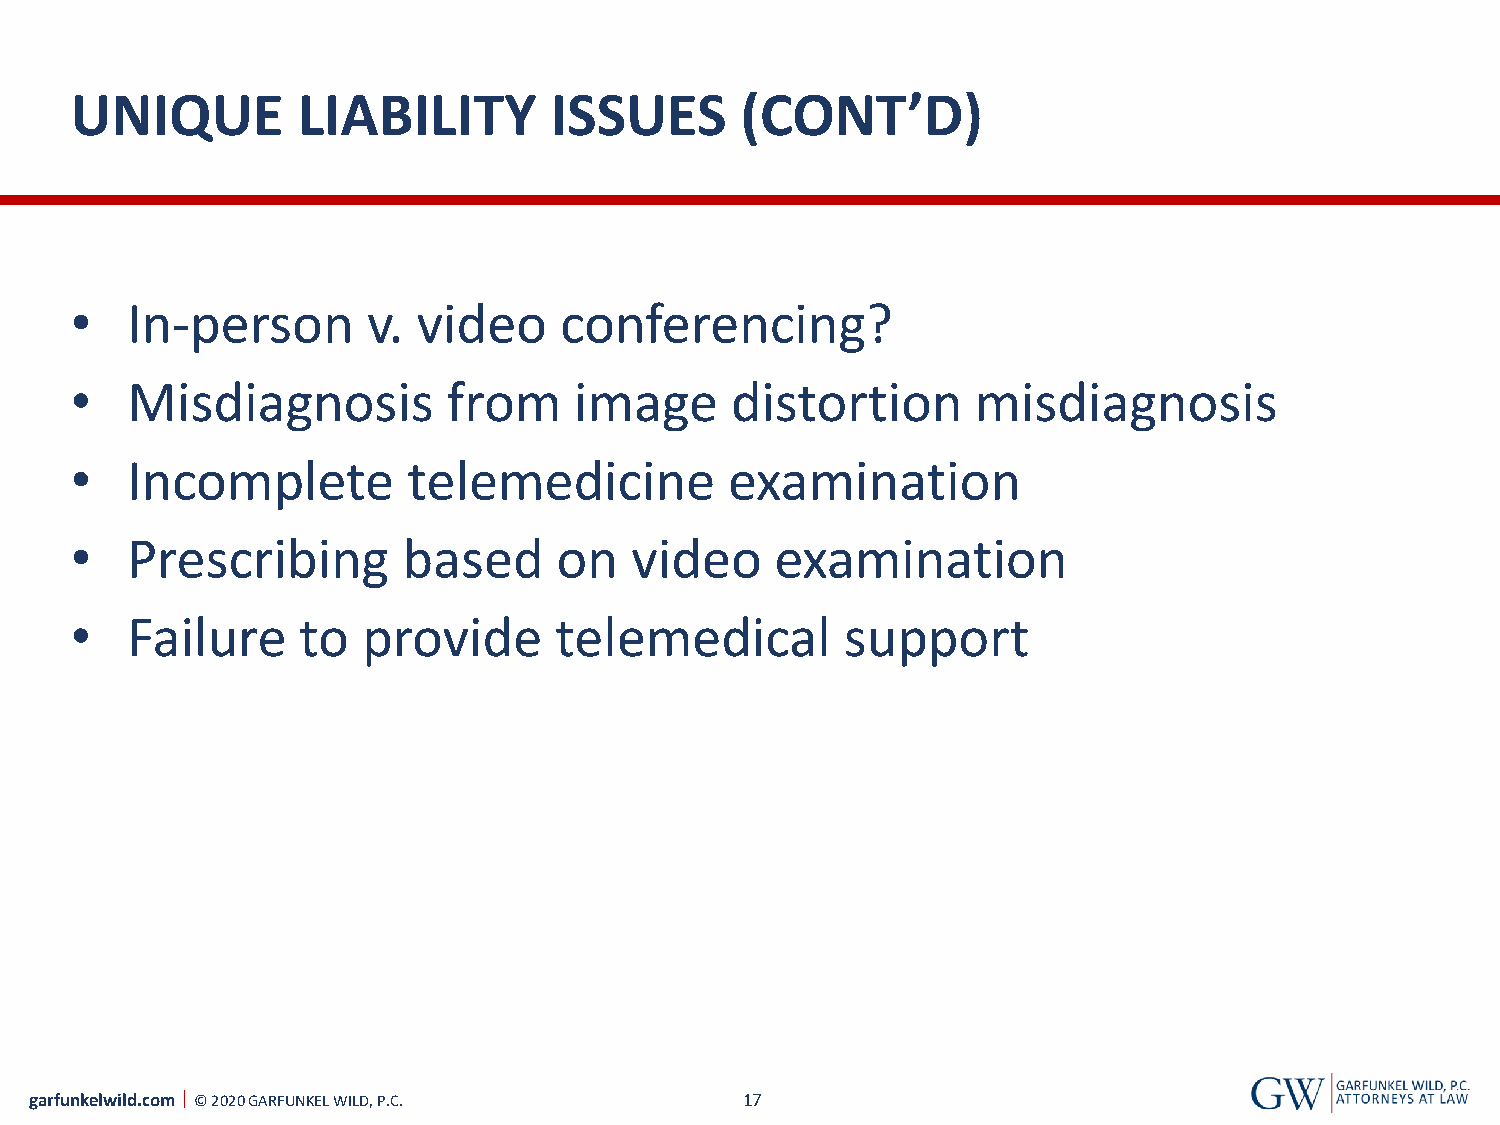
UNIQUE         LIABILITY       ISSUES       (CONT’D)
 •  In-person       v.  video    conferencing?
 •  Misdiagnosis          from    image     distortion       misdiagnosis
 •  Incomplete         telemedicine         examination
 •  Prescribing        based     on   video    examination
 •  Failure     to  provide      telemedical        support
 garfunkelwild.com © 2020 GARFUNKEL WILD, P.C.  17